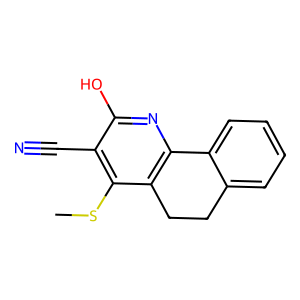
SMILES: CSc1c(C#N)c(O)nc2c1CCc1ccccc1-2
Inhibits HIV replication: No